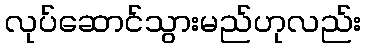
လုပ်ဆောင်သွားမည်ဟုလည်း